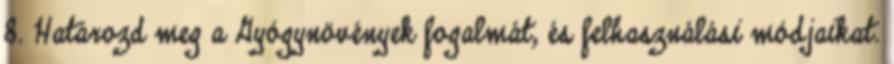
8. Határozd meg a Gyógynövények fogalmát, és felhasználási módjaikat.